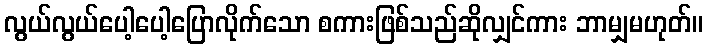
လွယ်လွယ်ပေါ့ပေါ့ပြောလိုက်သော စကားဖြစ်သည်ဆိုလျှင်ကား ဘာမျှမဟုတ်။